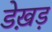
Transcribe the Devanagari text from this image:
डेख़ड़